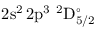
\mathrm { 2 s ^ { 2 } \, 2 p ^ { 3 } ~ ^ { 2 } D _ { 5 / 2 } ^ { \circ } }